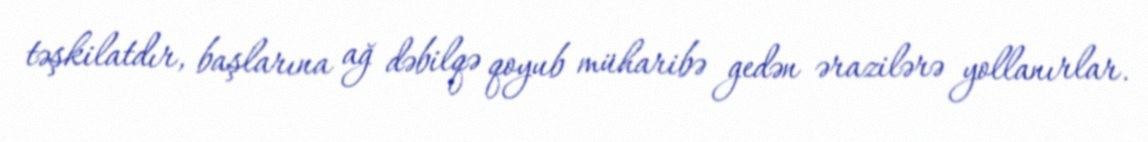
təşkilatdır, başlarına ağ dəbilqə qoyub müharibə gedən ərazilərə yollanırlar.